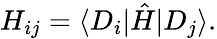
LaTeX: H_{ij}=\langle D_{i}|\hat{H}|D_{j}\rangle.